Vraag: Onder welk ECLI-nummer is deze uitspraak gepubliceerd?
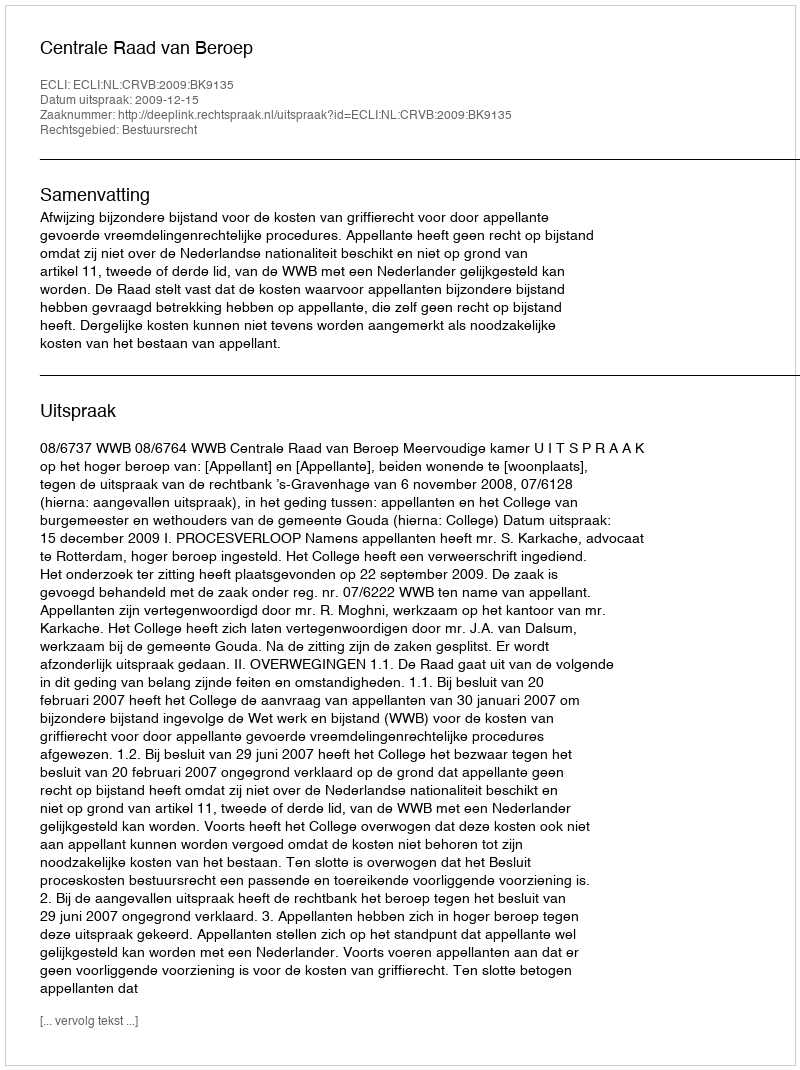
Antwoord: ECLI:NL:CRVB:2009:BK9135